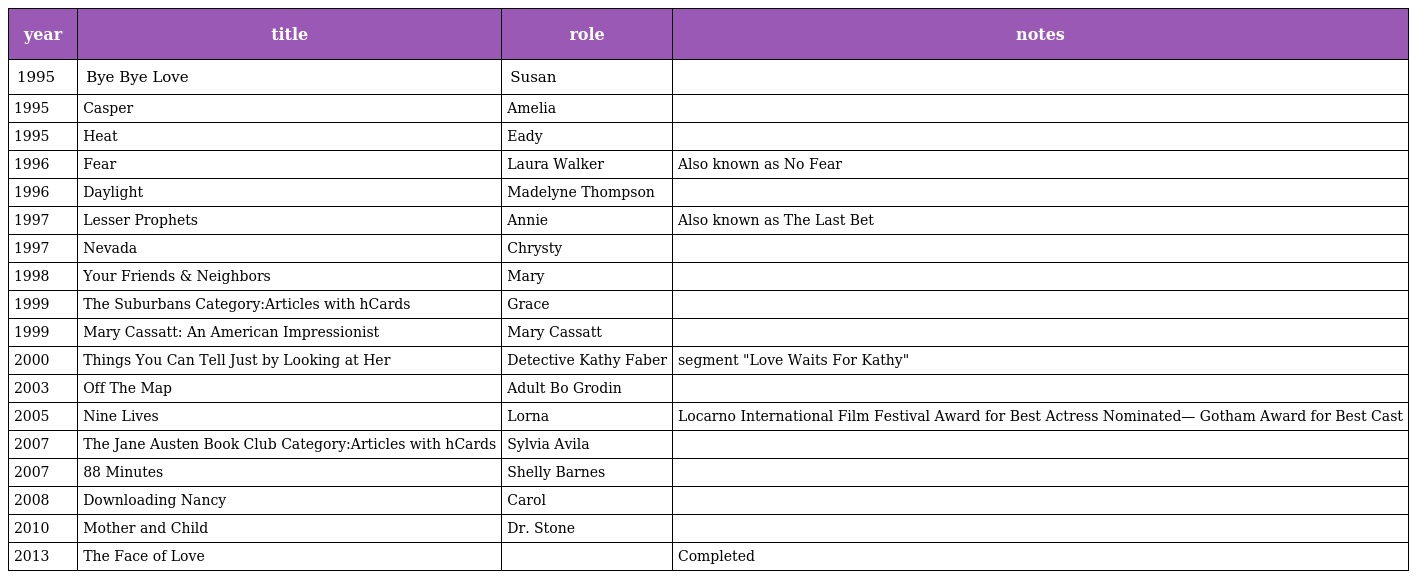
| year | title | role | notes |
 | --- | --- | --- | --- |
 | 1995 | Bye Bye Love | Susan |  |
 | 1995 | Casper | Amelia |  |
 | 1995 | Heat | Eady |  |
 | 1996 | Fear | Laura Walker | Also known as No Fear |
 | 1996 | Daylight | Madelyne Thompson |  |
 | 1997 | Lesser Prophets | Annie | Also known as The Last Bet |
 | 1997 | Nevada | Chrysty |  |
 | 1998 | Your Friends & Neighbors | Mary |  |
 | 1999 | The Suburbans Category:Articles with hCards | Grace |  |
 | 1999 | Mary Cassatt: An American Impressionist | Mary Cassatt |  |
 | 2000 | Things You Can Tell Just by Looking at Her | Detective Kathy Faber | segment "Love Waits For Kathy" |
 | 2003 | Off The Map | Adult Bo Grodin |  |
 | 2005 | Nine Lives | Lorna | Locarno International Film Festival Award for Best Actress Nominated— Gotham Award for Best Cast |
 | 2007 | The Jane Austen Book Club Category:Articles with hCards | Sylvia Avila |  |
 | 2007 | 88 Minutes | Shelly Barnes |  |
 | 2008 | Downloading Nancy | Carol |  |
 | 2010 | Mother and Child | Dr. Stone |  |
 | 2013 | The Face of Love |  | Completed |